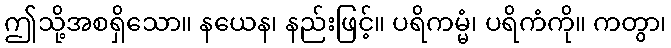
ဤသို့အစရှိသော။ နယေန၊ နည်းဖြင့်။ ပရိကမ္မံ၊ ပရိကံကို။ ကတွာ၊